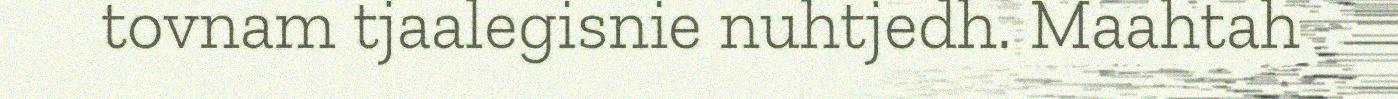
tovnam tjaalegisnie nuhtjedh. Maahtah